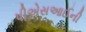
પીએસઆઈની